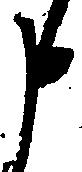
申